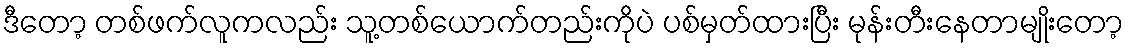
ဒီတော့ တစ်ဖက်လူကလည်း သူ့တစ်ယောက်တည်းကိုပဲ ပစ်မှတ်ထားပြီး မုန်းတီးနေတာမျိုးတော့